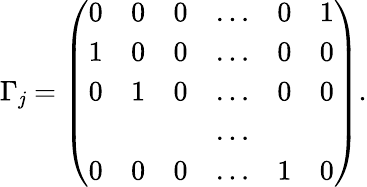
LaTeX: \Gamma_{\mathit{j}}=\left(\begin{array}{cccccc}{{0}}&{{0}}&{{0}}&{{\ldots}}&{{0}}&{{1}}\\ {{1}}&{{0}}&{{0}}&{{\ldots}}&{{0}}&{{0}}\\ {{0}}&{{1}}&{{0}}&{{\ldots}}&{{0}}&{{0}}\\ {{}}&{{}}&{{}}&{{\ldots}}&{{}}&{{}}\\ {{0}}&{{0}}&{{0}}&{{\ldots}}&{{1}}&{{0}}\end{array}\right).